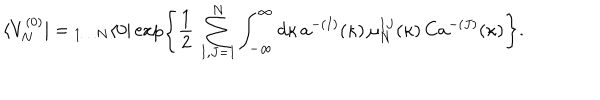
\langle V _ { N } ^ { ( 0 ) } | = { } _ { 1 \dots N } \langle 0 | \exp \left\{ \frac { 1 } { 2 } \, \sum _ { I , J = 1 } ^ { N } \int _ { - \infty } ^ { \infty } d \kappa \, a ^ { - ( I ) } ( \kappa ) \, \mu _ { N } ^ { I J } ( \kappa ) \, C a ^ { - ( J ) } ( \kappa ) \right\} .